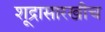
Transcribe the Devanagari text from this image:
शूद्रासारखीच